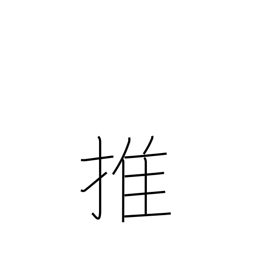
Meaning: support